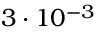
3 \cdot 1 0 ^ { - 3 }